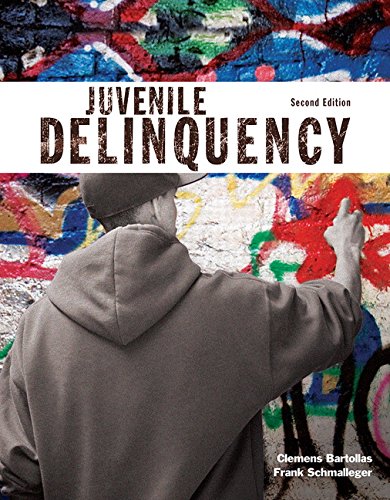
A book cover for Juvenile Delinquency (2nd Edition) (The Justice Series); Clemens Bartollas; Law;